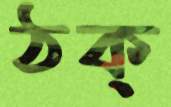
ঠক্